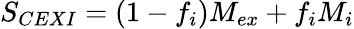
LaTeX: S_{CEXI}=(1-f_{i})M_{ex}+f_{i}M_{i}